Indian journal of veterinary science and animal husbandry - Volume 1,
Year: 1931
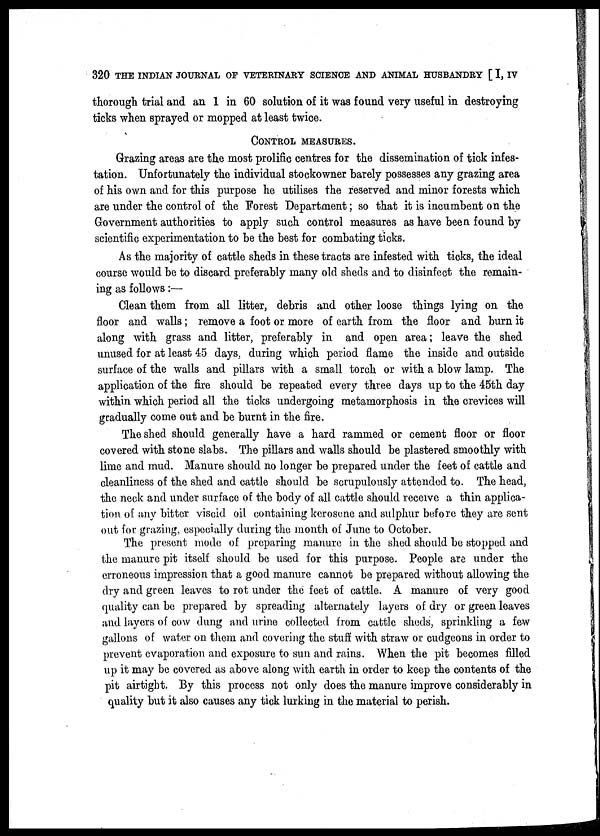
320 THE INDIAN JOURNAL OF VETERINARY SCIENCE AND ANIMAL HUSBANDRY [ I, IV
thorough trial and an 1 in 60 solution of it was found very useful in destroying
ticks when sprayed or mopped at least twice.
CONTROL MEASURES.
Grazing areas are the most prolific centres for the dissemination of tick infes-
tation. Unfortunately the individual stockowner barely possesses any grazing area
of his own and for this purpose he utilises the reserved and minor forests which
are under the control of the Forest Department; so that it is incumbent on the
Government authorities to apply such control measures as have been found by
scientific experimentation to be the best for combating ticks.
As the majority of cattle sheds in these tracts are infested with ticks, the ideal
course would be to discard preferably many old sheds and to disinfect the remain-
ing as follows:—
Clean them from all litter, debris and other loose things lying on the
floor and walls; remove a foot or more of earth from the floor and burn it
along with grass and litter, preferably in and open area; leave the shed
unused for at least 45 days, during which period flame the inside and outside
surface of the walls and pillars with a small torch or with a blow lamp. The
application of the fire should be repeated every three days up to the 45th day
within which period all the ticks undergoing metamorphosis in the crevices will
gradually come out and be burnt in the fire.
The shed should generally have a hard rammed or cement floor or floor
covered with stone slabs. The pillars and walls should be plastered smoothly with
lime and mud. Manure should no longer be prepared under the feet of cattle and
cleanliness of the shed and cattle should be scrupulously attended to. The head,
the neck and under surface of the body of all cattle should receive a thin applica-
tion of any bitter viscid oil containing kerosene and sulphur before they are sent
out for grazing, especially during the month of June to October.
The present mode of preparing manure in the shed should be stopped and
the manure pit itself should be used for this purpose. People are under the
erroneous impression that a good manure cannot be prepared without allowing the
dry and green leaves to rot under the feet of cattle. A manure of very good
quality can be prepared by spreading alternately layers of dry or green leaves
and layers of cow dung and urine collected from cattle sheds, sprinkling a few
gallons of water on them and covering the stuff with straw or cudgeons in order to
prevent evaporation and exposure to sun and rains. When the pit becomes filled
up it may be covered as above along with earth in order to keep the contents of the
pit airtight. By this process not only does the manure improve considerably in
quality but it also causes any tick lurking in the material to perish.